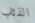
الذئاب